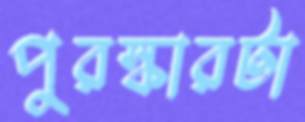
পুরস্কারটা